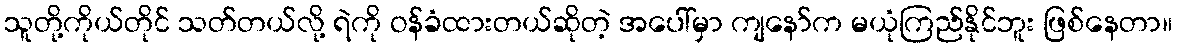
သူတို့ကိုယ်တိုင် သတ်တယ်လို့ ရဲကို ဝန်ခံထားတယ်ဆိုတဲ့ အပေါ်မှာ ကျနော်က မယုံကြည်နိုင်ဘူး ဖြစ်နေတာ။